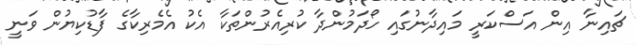
ޗައިނާ އިން އަސްކަރީ މައިދާނުގައި ހޯދަމުންދާ ކުރިއެރުންތަކާ އެކު އެމެރިކާގެ ފާޑުކިޔުން ވަނީ